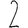
Digit: 2